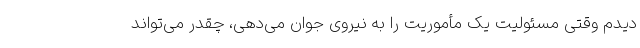
دیدم وقتی مسئولیت یک مأموریت را به نیروی جوان می‌دهی، چقدر می‌تواند